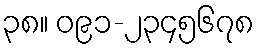
၃၈။ ၀၉၁-၂၃၄၅၆၇၈